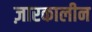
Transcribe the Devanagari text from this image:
ज़ारकालीन